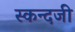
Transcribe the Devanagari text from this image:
स्कन्दजी